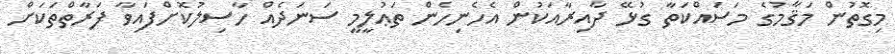
މިގޮތުން މަޤާމުގެ މަސައްކަތާ ގުޅޭ ދާއިރާއަކުން އެހެނިހެން ތަޢުލީމީ ސަނަދެއް ހާސިލުކޮށްފައިވާ ފަރާތްތަކަށް